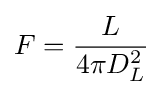
F={\frac {L}{4\pi D_{L}^{2}}}